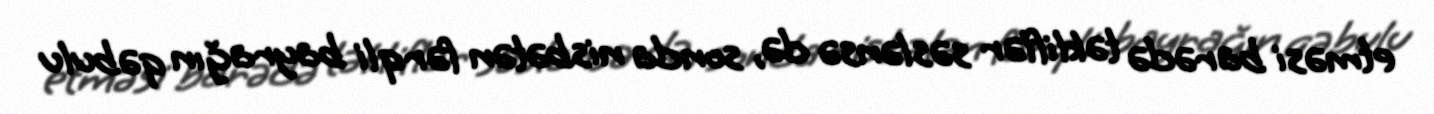
etməsi barədə təkliflər səslənsə də, sonda nisbətən fərqli bayrağın qəbulu